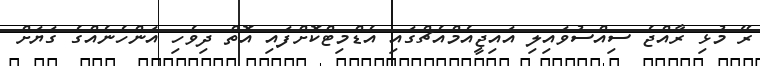
ރޭ މުޅި ރާއްޖެ ސިއްސުވައިލި އައިޖީއެމްއެޗްގައި އެޑްމިޓްކޮށްފައި އޮތް ދިވެހި އަންހެނެއްގެ ގަޔަށް